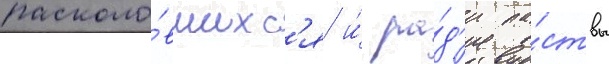
расколо́вшихс'я и́ ра́д'и па́ствы